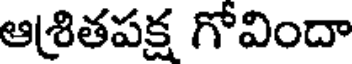
ఆ(శితపక్ష గోవిందా